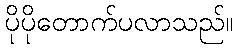
ပိုပိုတောက်ပလာသည်။